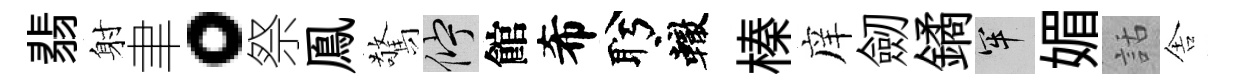
翡射聿。祭鳯驚伫館希盻轍榛庠劒鐍牢媚話舎